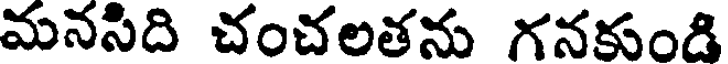
మనసిది చంచలతను గనకుండి